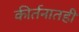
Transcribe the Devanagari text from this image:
कीर्तनातही